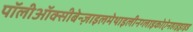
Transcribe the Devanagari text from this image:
पॉलीऑक्सीबेन्ज़ाइलमेथाइलीनग्लाइकोऐनहाइड्राइड